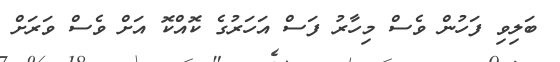
ބަލިވި ފަހުން ވެސް މިހާރު ފަސް އަހަރުގެ ކޮއްކޮ އަށް ވެސް ވަރަށް